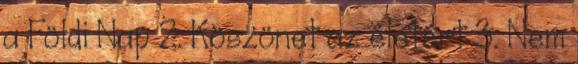
a Földi Nap 2. Köszönet az életért 3. Nem